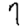
Digit: 7